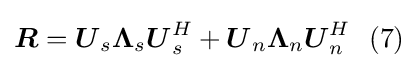
{\boldsymbol {R}}={\boldsymbol {U}}_{s}{\boldsymbol {\Lambda }}_{s}{\boldsymbol {U}}_{s}^{H}+{\boldsymbol {U}}_{n}{\boldsymbol {\Lambda }}_{n}{\boldsymbol {U}}_{n}^{H}\ \ (7)